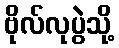
ဗိုလ်လုပွဲသို့